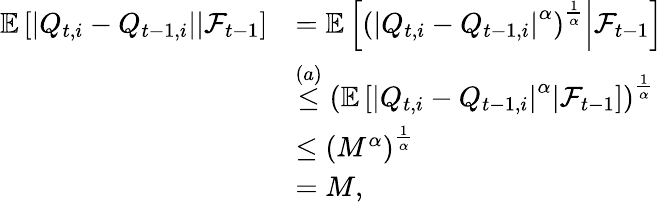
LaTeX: \begin{array}{rl}{\mathbb E\left[\left.\left\lvert Q_{t,i}-Q_{t-1,i}\right\rvert\right\rvert\mathcal F_{t-1}\right]}&{=\mathbb E\left[\left.\left(\left\lvert Q_{t,i}-Q_{t-1,i}\right\rvert^{\alpha}\right)^{\frac 1\alpha}\right\rvert\mathcal F_{t-1}\right]}\\ &{\stackrel{(a)}\le\left(\mathbb E\left[\left.\left\lvert Q_{t,i}-Q_{t-1,i}\right\rvert^{\alpha}\right\rvert\mathcal F_{t-1}\right]\right)^{\frac 1\alpha}}\\ &{\le\left(M^{\alpha}\right)^{\frac 1\alpha}}\\ &{=M,}\end{array}